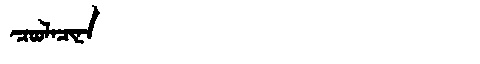
Manchu: ᠴᠣᠣᠯᠠᠴᡳᠨᠠ
Romanization: COOLACINA